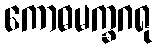
ကောဓမက္ခဂရု